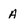
Character: A